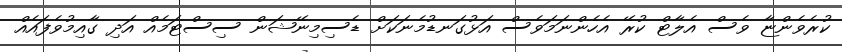
ކުރެވެންޏާ ވެސް އެލާޓް ކުރޭ އެހެންނަމަވެސް އަޅުގަނޑުމެނަކަށް ޑެސިމިނޭޝަން ސިސްޓަމެއް އަދި ގާއިމުވެފައެއް